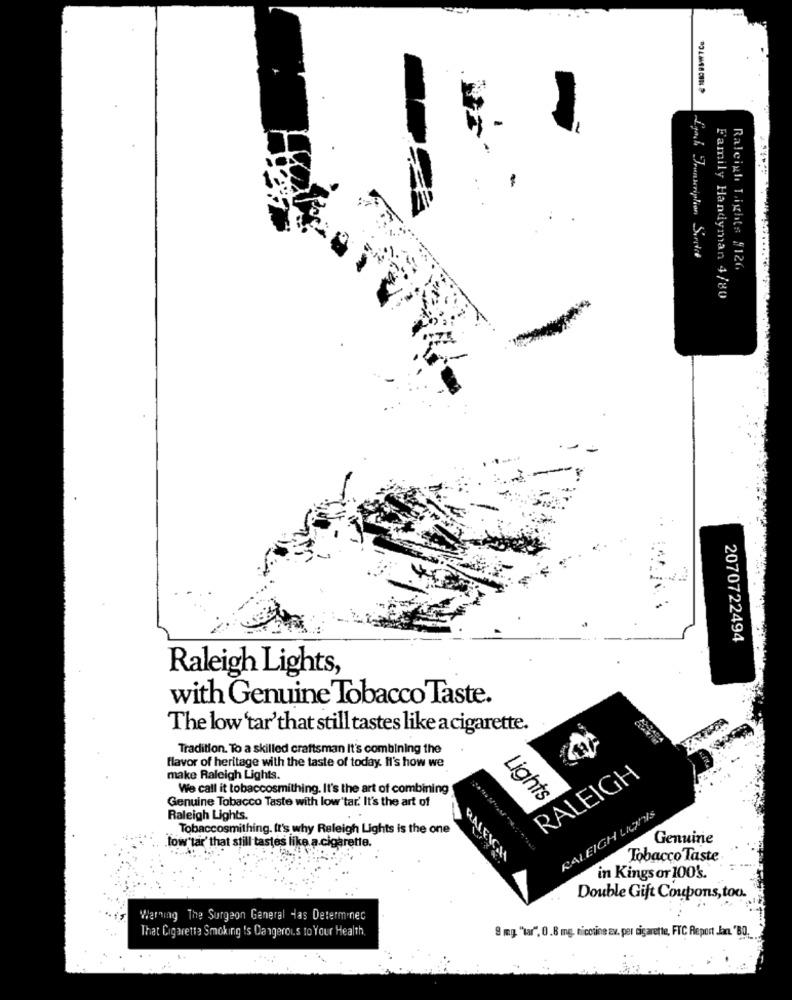
Ligach Transcription Sivitet
Raleigh Light# #126
Family Handyman 4/80
2070722494
Raleigh Lights,
with Genuine Tobacco Taste.
The low tar'that still tastes like a cigarette.
Tradition. To a skilled craftsman It's combining the
flavor of heritage with the taste of today. Il's how we
make Raleigh Lights.
RALEIGH
We call it tobaccosmithing. It's the art of combining
Genuine Tobacco Taste with low tar. It's the art of
Lights
RALEIGH LIGHTIS
Raleigh Lights.
Tobaccosmithing. It's why Raleigh Lights is the one
RALE
Genuine
low tar' that still tastes like a cigarette.
Tobacco Taste
in Kings or 100's.
Double Gift Coupons, too.
Warning The Surgeon General das Determinec
That Cigarette Smoking Is Dangerous to Your Health.
9 mg "tar", 0.8 mg, nicotine av. per sig arette, FTC Report .Jan. 'BO.